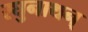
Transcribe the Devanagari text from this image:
रघुनाथन्